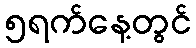
၅ရက်နေ့တွင်